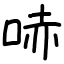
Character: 哧